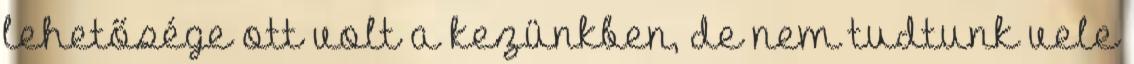
lehetősége ott volt a kezünkben, de nem tudtunk vele